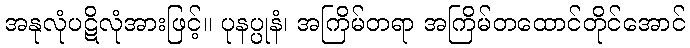
အနုလုံပဋိလုံအားဖြင့်။ ပုနပ္ပုနံ၊ အကြိမ်တရာ အကြိမ်တထောင်တိုင်အောင်